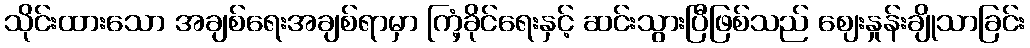
သိုင်းထားသော အချစ်ရေးအချစ်ရာမှာ ကြံ့ခိုင်ရေးနှင့် ဆင်းသွားပြီဖြစ်သည် ဈေးနှုန်းချိုသာခြင်း